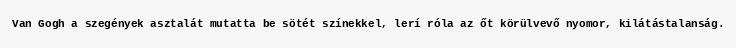
Van Gogh a szegények asztalát mutatta be sötét színekkel, lerí róla az őt körülvevő nyomor, kilátástalanság.